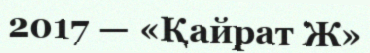
2017 — «Қайрат Ж»